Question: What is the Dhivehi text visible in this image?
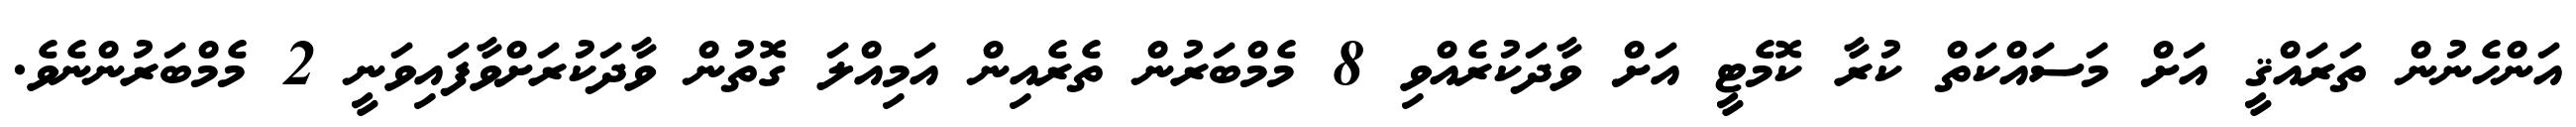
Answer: އަންހެނުން ތަރައްޤީ އަށް މަސައްކަތް ކުރާ ކޮމެޓީ އަށް ވާދަކުރެއްވި 8 މެމްބަރުން ތެރެއިން އަމިއްލަ ގޮތުން ވާދަކުރަށްވާފައިވަނީ 2 މެމްބަރުންނެވެ.